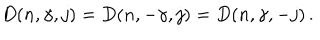
D ( n , \gamma , j ) = D ( n , - \gamma , j ) = D ( n , \gamma , - j ) \, .